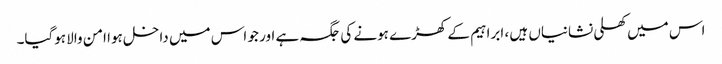
اس میں کھلی نشانیاں ہیں ، ابراہیم کے کھڑے ہونے کی جگہ ہے اور جو اس میں داخل ہوا امن والا ہوگیا۔